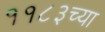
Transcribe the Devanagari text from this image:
११८३च्या